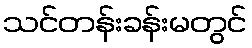
သင်တန်းခန်းမတွင်